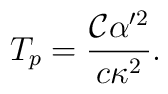
T_p={{\mathcal{C}}\alpha'^2\over c\kappa^2}.